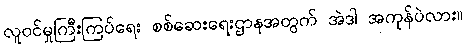
လူဝင်မှုကြီးကြပ်ရေး စစ်ဆေးရေးဌာနအတွက် အဲဒါ အကုန်ပဲလား။